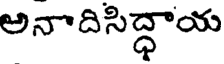
అనాదిసిద్ధాయ